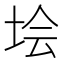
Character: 𡋗